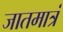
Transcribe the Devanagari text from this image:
जातमात्रं